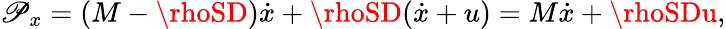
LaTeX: \mathscr{P}_{x}=(M-\rhoSD)\dot{{x}}+\rhoSD(\dot{{x}}+u)=M\dot{{x}}+\rhoSDu,